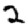
Digit: 2